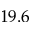
1 9 . 6